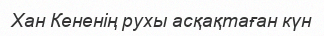
Хан Кененiң рухы асқақтаған күн